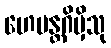
ဟေမန္တဂိမှိသု